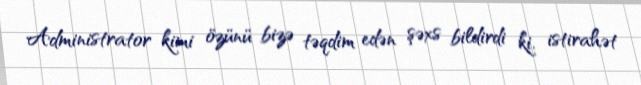
Administrator kimi özünü bizə təqdim edən şəxs bildirdi ki, istirahət